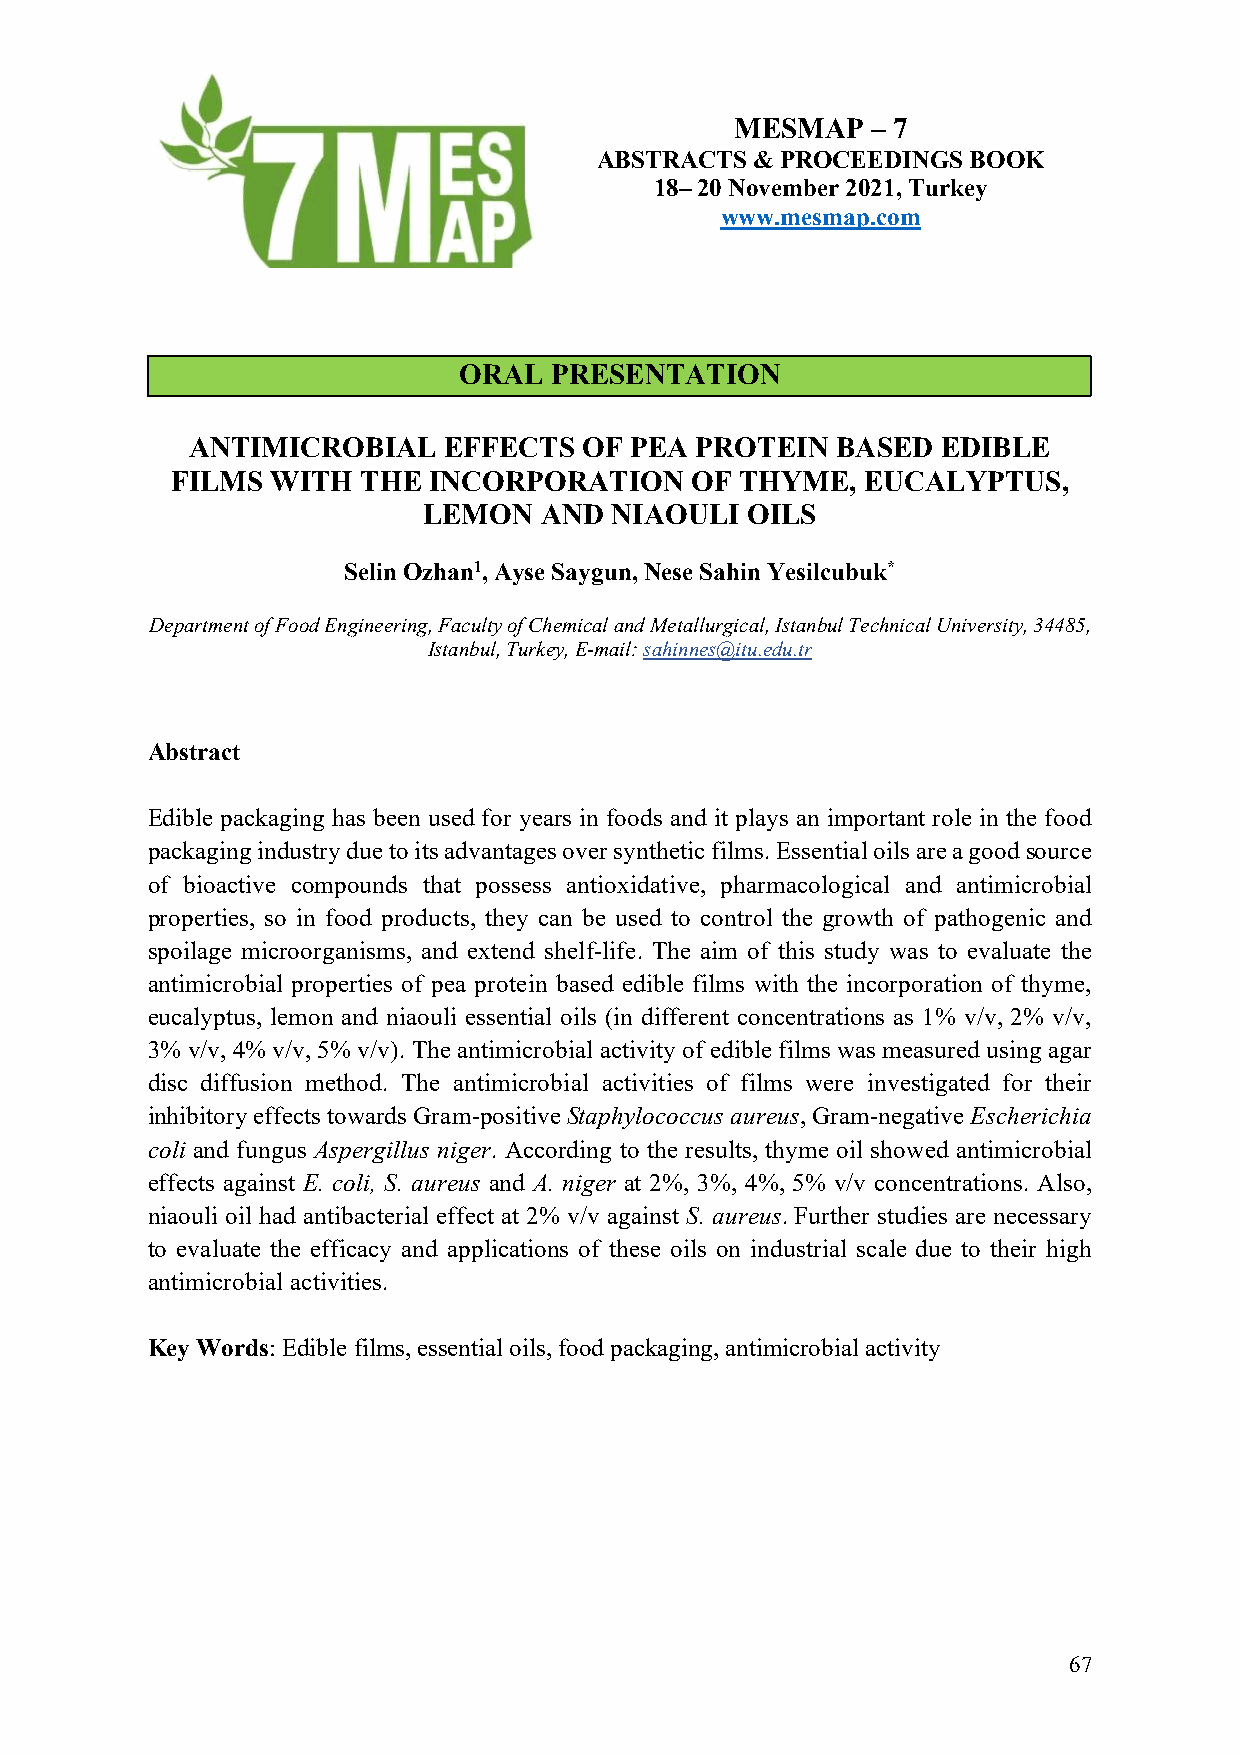
MESMAP   – 7
 ABSTRACTS  & PROCEEDINGS BOOK
 18– 20 November 2021, Turkey
 www.mesmap.com
 ORAL  PRESENTATION
 ANTIMICROBIAL    EFFECTS   OF PEA PROTEIN  BASED  EDIBLE
 FILMS  WITH  THE INCORPORATION     OF THYME,  EUCALYPTUS,
 LEMON   AND NIAOULI  OILS
 Selin Ozhan1, Ayse Saygun, Nese Sahin Yesilcubuk*
 Department of Food Engineering, Faculty of Chemical and Metallurgical, Istanbul Technical University, 34485,
 Istanbul, Turkey, E-mail: sahinnes@itu.edu.tr
 Abstract
 Edible packaging has been used for years in foods and it plays an important role in the food
 packaging industry due to its advantages over synthetic films. Essential oils are a good source
 of bioactive compounds that possess antioxidative, pharmacological and antimicrobial
 properties, so in food products, they can be used to control the growth of pathogenic and
 spoilage microorganisms, and extend shelf-life. The aim of this study was to evaluate the
 antimicrobial properties of pea protein based edible films with the incorporation of thyme,
 eucalyptus, lemon and niaouli essential oils (in different concentrations as 1% v/v, 2% v/v,
 3% v/v, 4% v/v, 5% v/v). The antimicrobial activity of edible films was measured using agar
 disc diffusion method. The antimicrobial activities of films were investigated for their
 inhibitory effects towards Gram-positive Staphylococcus aureus, Gram-negative Escherichia
 coli and fungus Aspergillus niger. According to the results, thyme oil showed antimicrobial
 effects against E. coli, S. aureus and A. niger at 2%, 3%, 4%, 5% v/v concentrations. Also,
 niaouli oil had antibacterial effect at 2% v/v against S. aureus. Further studies are necessary
 to evaluate the efficacy and applications of these oils on industrial scale due to their high
 antimicrobial activities.
 Key Words: Edible films, essential oils, food packaging, antimicrobial activity
 67